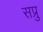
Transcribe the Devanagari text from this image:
सप्रु